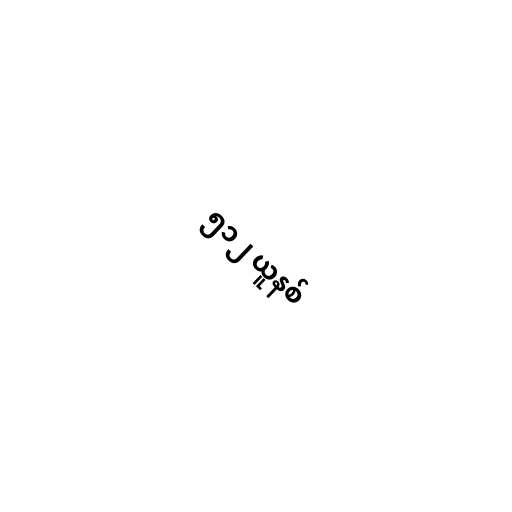
၅၁၂ ယူနစ်